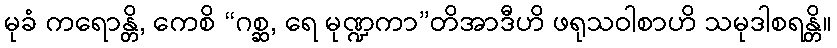
မုခံ ကရောန္တိ, ကေစိ “ဂစ္ဆ, ရေ မုဏ္ဍကာ”တိအာဒီဟိ ဖရုသဝါစာဟိ သမုဒါစရန္တိ။